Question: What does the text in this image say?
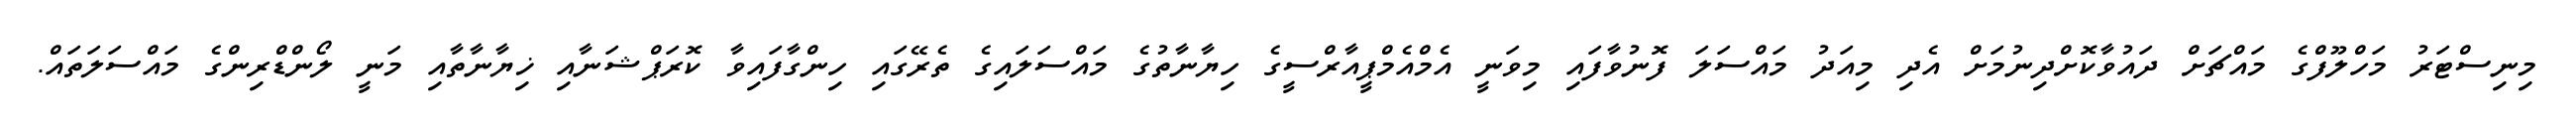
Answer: މިނިސްޓަރު މަހްލޫފްގެ މައްޗަށް ދައުވާކޮށްދިނުމަށް އެދި މިއަދު މައްސަލަ ފޮނުވާފައި މިވަނީ އެމްއެމްޕީއާރްސީގެ ހިޔާނާތުގެ މައްސަލައިގެ ތެރޭގައި ހިންގާފައިވާ ކޮރަޕްޝަނާއި ޚިޔާނާތާއި މަނީ ލޯންޑްރިންގެ މައްސަލަތައް.